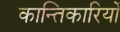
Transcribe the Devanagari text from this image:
कान्तिकारियों